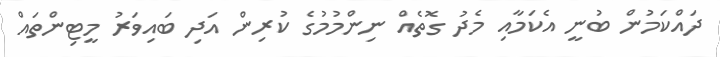
ދައްކަމުން ބުނީ އެކަމާއި މެދު ގޮތެއް ނިންމުމުގެ ކުރިން އަދި ބައިވަރު މީޓިންތައް